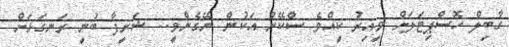
ގާބިލް ހޮސްޕިޓަލަށް ވީއިރު ކީއްވެ ސްކޭން އަކުން ނޭގެންވީ.. ޝަރީފާ ބުނީ ރަނގަޅަށް